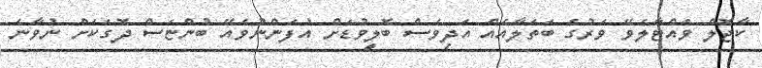
ކާޖޮލް ވައްޓާލެވޭ ވަރުގެ ބަތަލާއެއް އަދިވެސް ބޮލީވުޑަށް އުފަންނުވެއޭ ބުންޏަސް ދޮގަކަށް ނުވާނެ